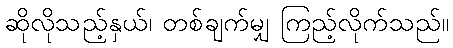
ဆိုလိုသည့်နှယ်၊ တစ်ချက်မျှ ကြည့်လိုက်သည်။